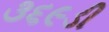
૩૬૯ડી